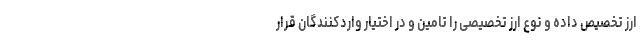
ارز تخصیص داده و نوع ارز تخصیصی را تامین و در اختیار واردکنندگان قرار